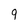
Character: 9